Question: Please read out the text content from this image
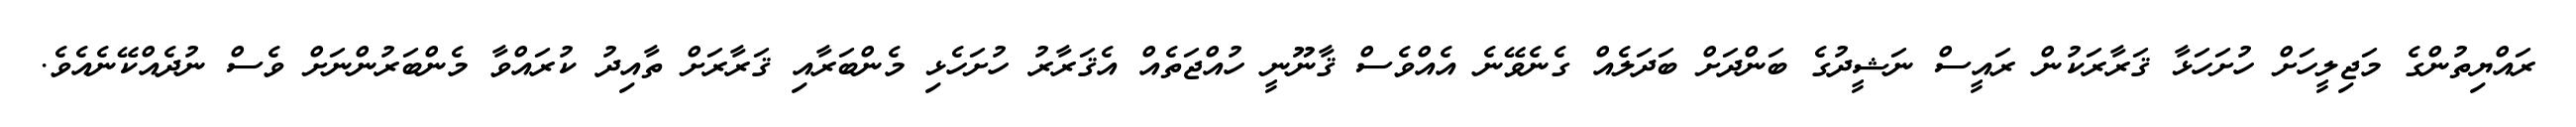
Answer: ރައްޔިތުންގެ މަޖިލީހަށް ހުށަހަޅާ ޤަރާރަކުން ރައީސް ނަޝީދުގެ ބަންދަށް ބަދަލެއް ގެނެވޭނެ އެއްވެސް ޤާނޫނީ ހުއްޖަތެއް އެޤަރާރު ހުށަހެޅި މެންބަރާއި ޤަރާރަށް ތާއިދު ކުރައްވާ މެންބަރުންނަށް ވެސް ނުދެއްކޭނެއެވެ.